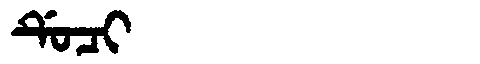
Manchu: ᡩᡠᠴᡳ
Romanization: DUCI